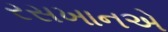
રસખાનએ